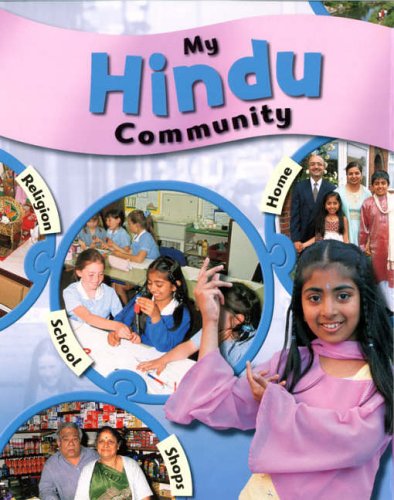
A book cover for My Hindu Community (My Community); Kate Taylor; Children's Books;